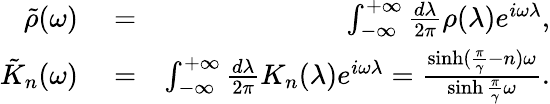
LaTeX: \begin{array}{rlr}{\tilde{\rho}(\omega)}&{{}=}&{\int_{-\infty}^{+\infty}\frac{d\lambda}{2\pi}\rho(\lambda)e^{i\omega\lambda},}\\ {\tilde{K}_{n}(\omega)}&{{}=}&{\int_{-\infty}^{+\infty}\frac{d\lambda}{2\pi}K_{n}(\lambda)e^{i\omega\lambda}=\frac{\sinh(\frac{\pi}{\gamma}-n)\omega}{\sinh\frac{\pi}{\gamma}\omega}.}\end{array}